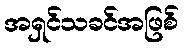
အရှင်သခင်အဖြစ်